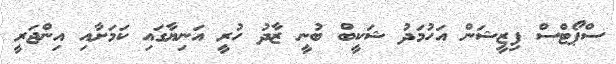
ސްޕޯޓްސް ފިޒީޝަން އަހުމަދު ޝަކީބް ބުނީ ޒާދު ހުރީ އަނިޔާގައި ކަމަށާއި އިންޖަރީ